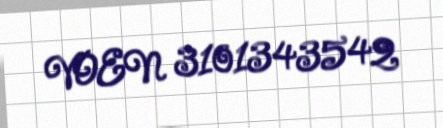
VOEN 3101343542